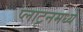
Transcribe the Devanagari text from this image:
प्लाटूनमध्ये